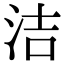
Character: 洁